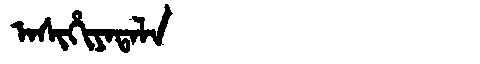
Manchu: ᠠᠰᡳᡥᡳᠶᠠᡨᠠᠯᠠ
Romanization: ASIHIYATALA